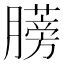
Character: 𫆼